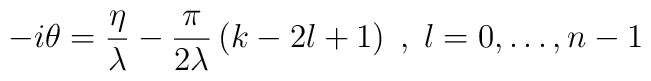
-i\theta =\frac{\eta }{\lambda }-\frac{\pi }{2\lambda }\left( k-2l+1\right) \; ,\; l=0,\dots ,n-1